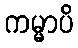
ကမ္မာပိ